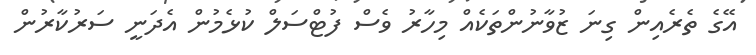
އޭގެ ތެރެއިން ގިނަ ޒުވާނުންތަކެއް މިހާރު ވެސް ފުޓްސަލް ކުޅެމުން އެދަނީ ސަރުކާރުން